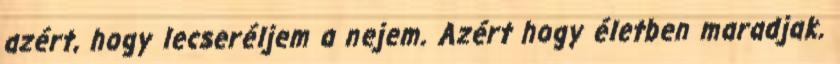
azért, hogy lecseréljem a nejem. Azért hogy életben maradjak.